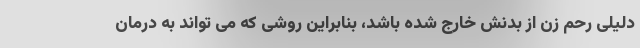
دلیلی رحم زن از بدنش خارج شده باشد، بنابراین روشی که می تواند به درمان